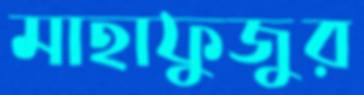
মাহাফুজুর